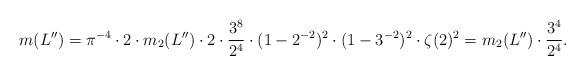
LaTeX: \begin{align*}m(L'')=\pi^{-4}\cdot 2\cdot m_2(L'')\cdot 2\cdot \frac{3^8}{2^4}\cdot (1-2^{-2})^2\cdot (1-3^{-2})^2\cdot \zeta(2)^2=m_2(L'')\cdot \frac{3^4}{2^4}.\end{align*}